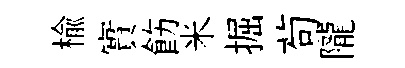
榆實飭米掘茍隴